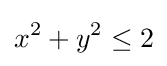
x^{2}+y^{2}\leq 2